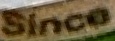
Simce